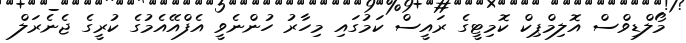
މޯލްޑިވްސް އޮލިމްޕިކް ކޮމިޓީގެ ރައީސް ކަމުގައި މިހާރު ހުންނެވީ އެފްއޭއެމުގެ ކުރީގެ ޖެނެރަލް